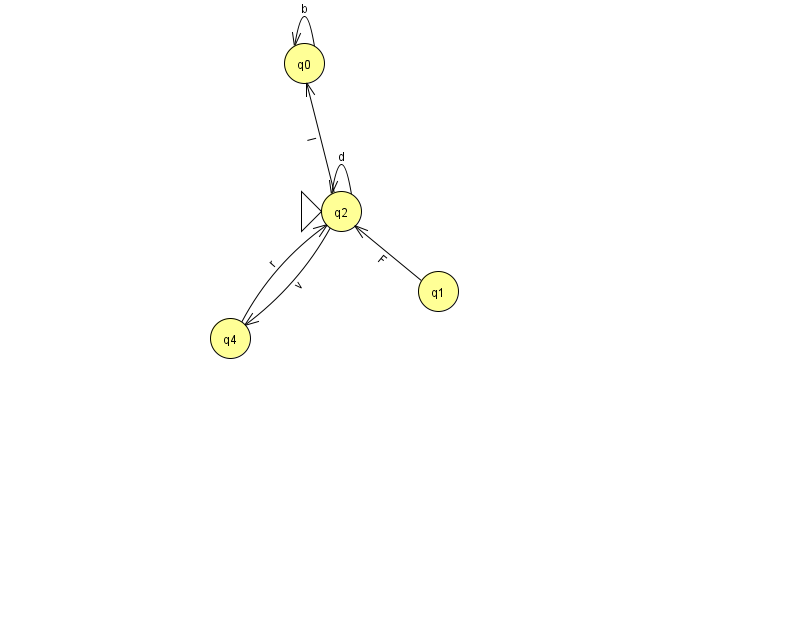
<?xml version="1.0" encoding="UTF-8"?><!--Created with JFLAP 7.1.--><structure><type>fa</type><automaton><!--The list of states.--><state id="0" name="q0"><x>304.0</x><y>50.0</y></state><state id="1" name="q1"><x>438.0</x><y>278.0</y></state><state id="2" name="q2"><x>341.0</x><y>198.0</y><initial/></state><state id="3" name="q3"><x>859.0</x><y>186.0</y><final/></state><state id="4" name="q4"><x>230.0</x><y>325.0</y></state><!--The list of transitions.--><transition><from>0</from><to>0</to><read>b</read></transition><transition><from>2</from><to>2</to><read>d</read></transition><transition><from>3</from><to>3</to><read>D</read></transition><transition><from>2</from><to>0</to><read>l</read></transition><transition><from>1</from><to>2</to><read>F</read></transition><transition><from>2</from><to>4</to><read>v</read></transition><transition><from>4</from><to>2</to><read>r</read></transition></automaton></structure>